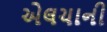
એલચાની